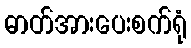
ဓာတ်အားပေးစက်ရုံ